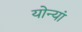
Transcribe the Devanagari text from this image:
योन्यां